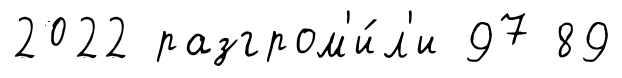
2022 разгром'и́л'и 97 89